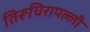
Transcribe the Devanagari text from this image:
तिरूचिरापल्‍ली